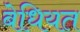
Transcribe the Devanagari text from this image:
बेधियत